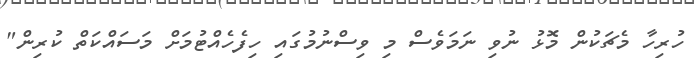
ހުރިހާ މެޗަކުން މޮޅު ނުވި ނަމަވެސް މި ވިސްނުމުގައި ހިފެހެއްޓުމަށް މަސައްކަތް ކުރިން"